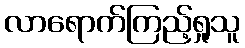
လာရောက်ကြည့်ရှုသူ